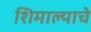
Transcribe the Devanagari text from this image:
शिमाल्याचे